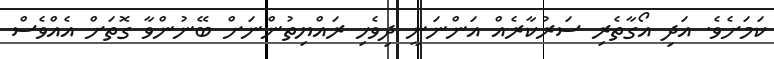
ކަމަށެވެ. އަދި އޯގާތެރި ސަރުކާރެއް އަންނަނީ ދިވެހި ރައްޔިތުންނަށް ބޭނުންވާ ގޮތަށް އެއްވެސް